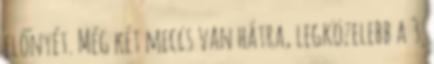
előnyét. Még két meccs van hátra, legközelebb a 3.